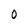
Character: O